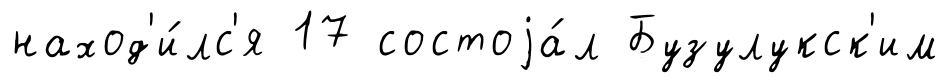
наход'и́лс'я 17 состоjа́л Бузулукск'им